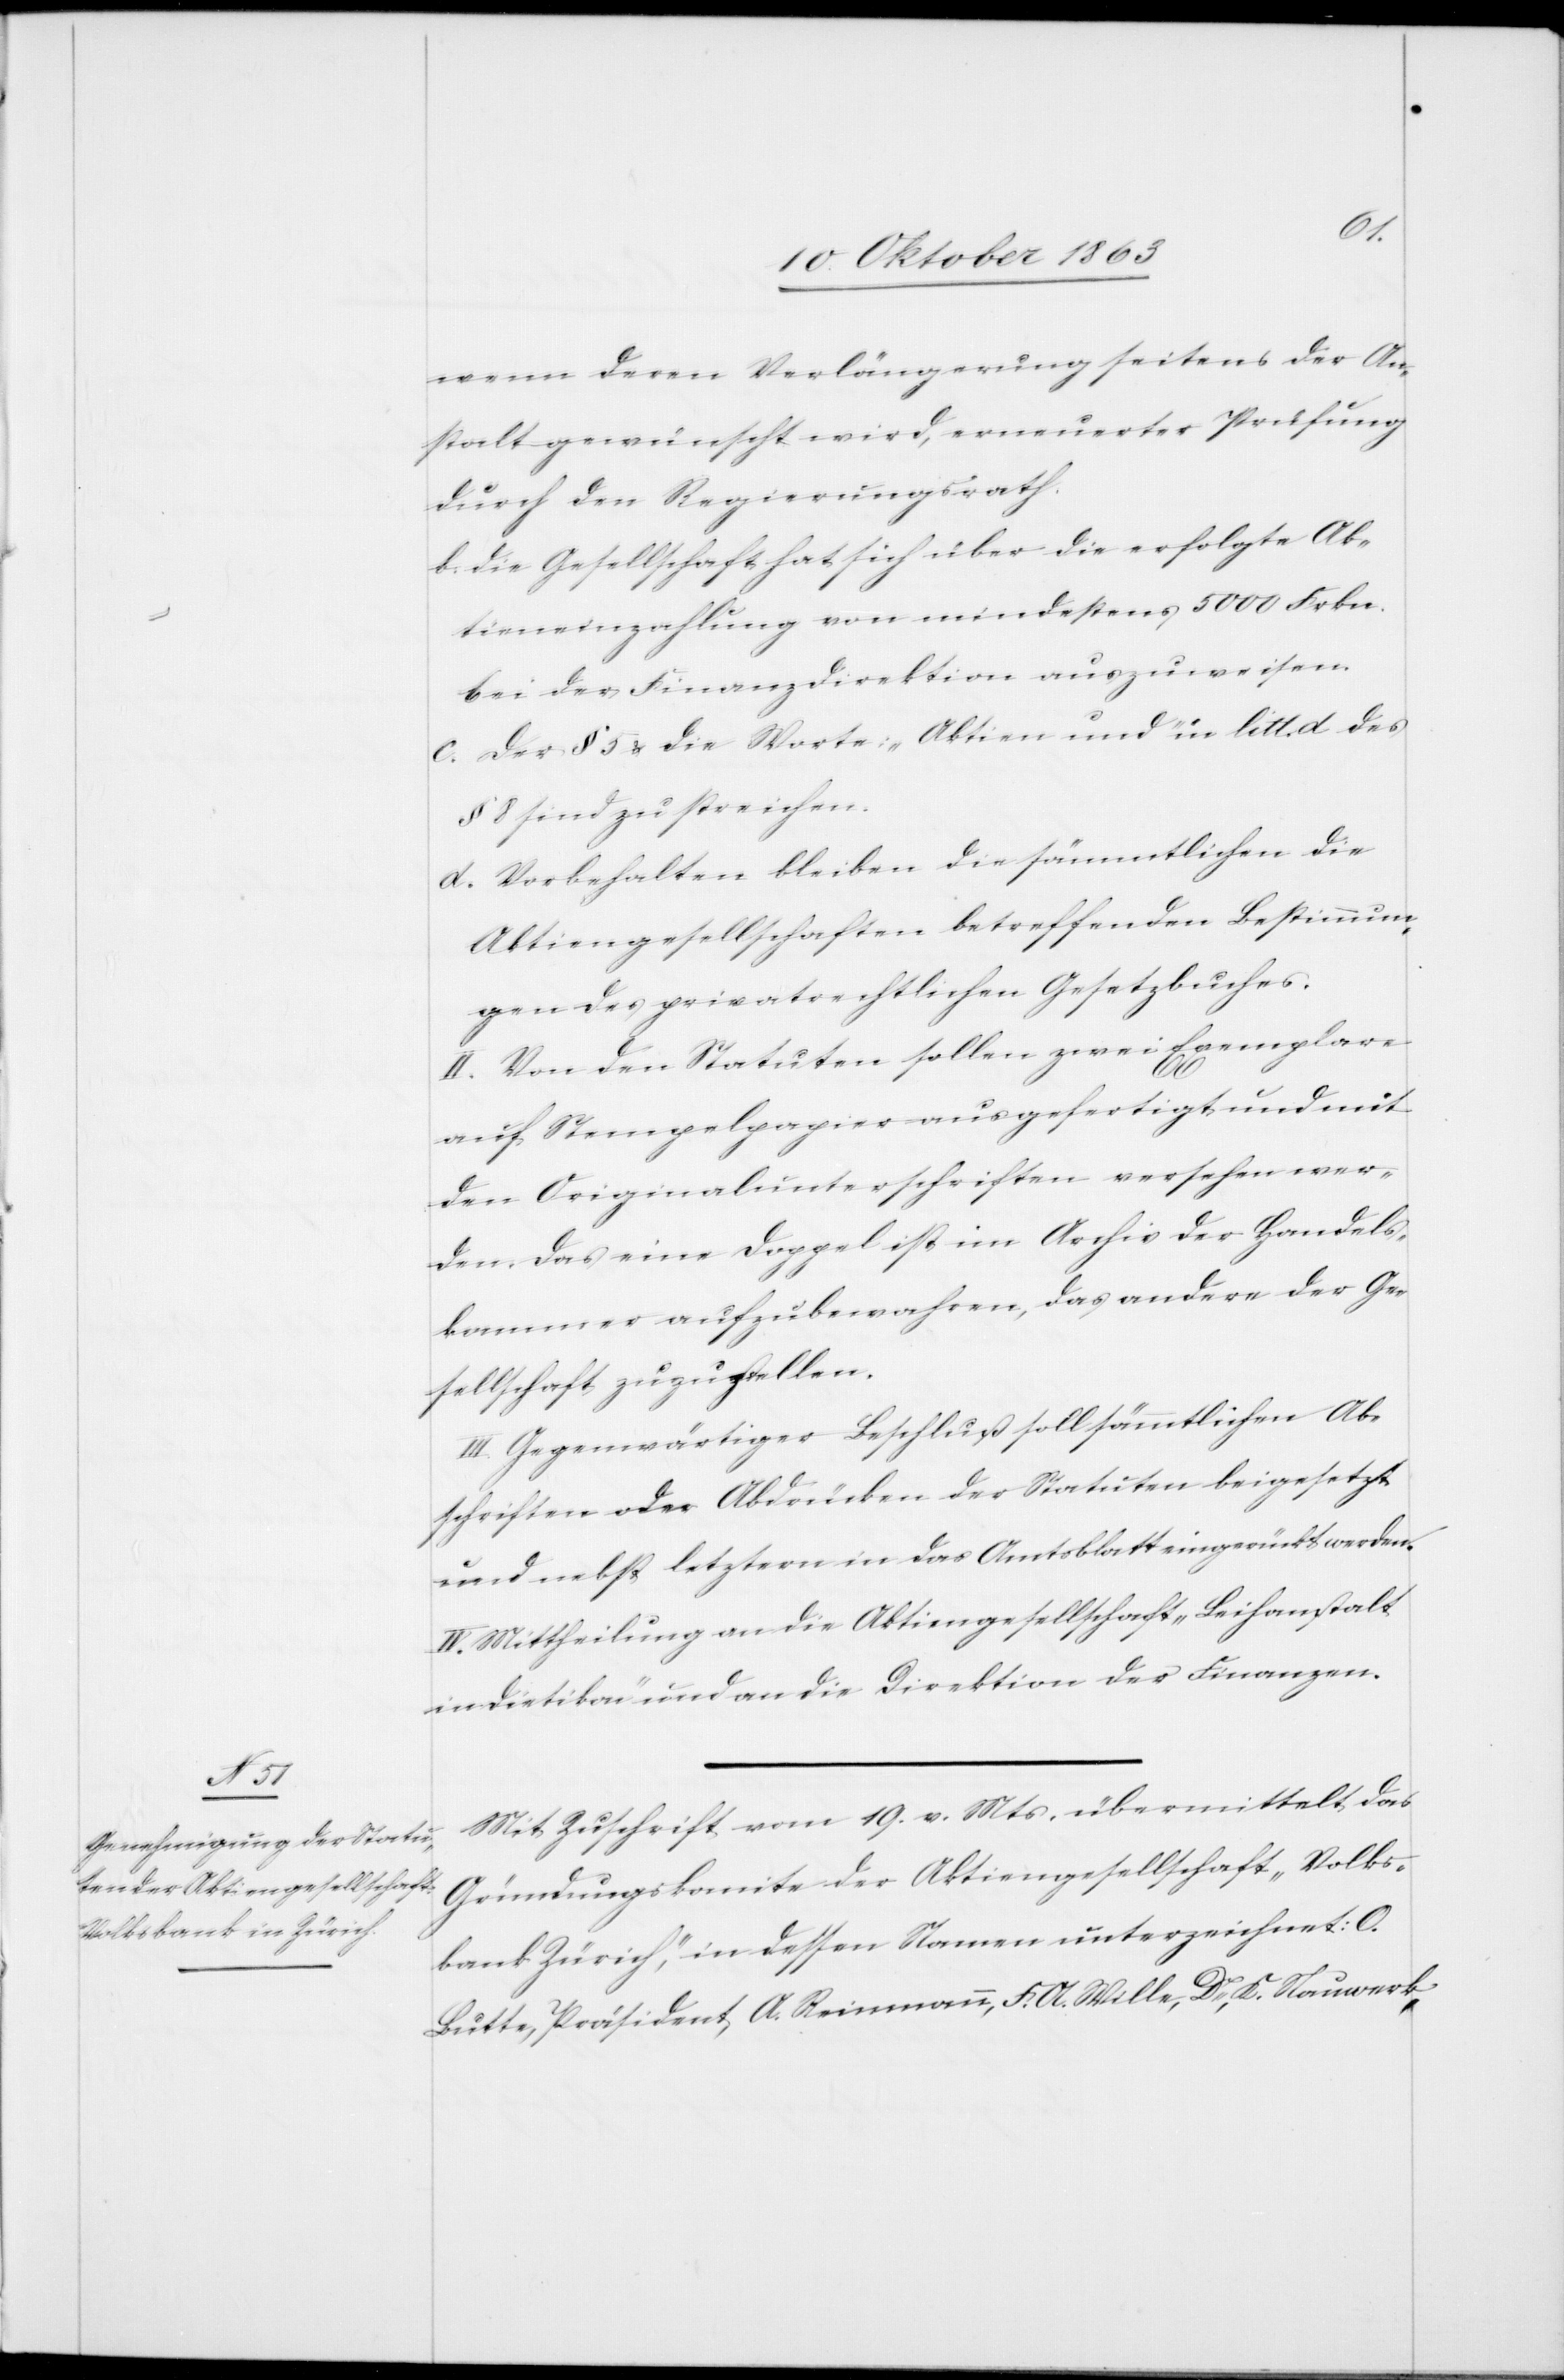
wenn deren Verlängerung seitens der An¬
stalt gewünscht wird, erneuerter Prüfung
durch den Regierungsrath.
b. die Gesellschaft hat sich über die erfolgte Ak¬
tieneinzahlung von mindestens 5000 Frkn.
bei der Finanzdirektion auszuweisen.
c. Der § 5 & die Worte: „Aktien und“ in litt. d des
§ 8 sind zu streichen.
d. Vorbehalten bleiben die sämmtlichen die
Aktiengesellschaften betreffenden Bestimmun¬
gen des privatrechtlichen Gesetzbuches.
II. Von den Statuten sollen zwei Exemplare
auf Stempelpapier ausgefertigt und mit
den Originalunterschriften versehen wer¬
den. Das eine Doppel ist im Archiv der Handels¬
kammer aufzubewahren, das andere der Ge¬
sellschaft zuzustellen.
III. Gegenwärtiger Beschluß soll sämmtlichen Ab¬
schriften oder Abdrücken der Statuten beigesetzt
und nebst letztern in das Amtsblatt eingerückt werden.
IV. Mittheilung an die Aktiengesellschaft „Leihanstalt
in Dietikon“ und an die Direktion der Finanzen.
Mit Zuschrift vom 19. v. Mts. übermittelt das
Gründungskomite der Aktiengesellschaft „Volks¬
bank Zürich“, in dessen Namen unterzeichnet: O.
Butte, Präsident A. Reinmann, F. A. Wille, Dr, K. Nauwerk,